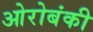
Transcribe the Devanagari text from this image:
ओरोबंकी